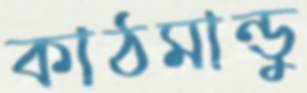
কাঠমান্ডু